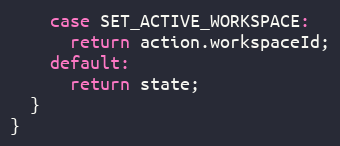
Language: JavaScript
    case SET_ACTIVE_WORKSPACE:
      return action.workspaceId;
    default:
      return state;
  }
}